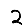
Digit: 2